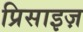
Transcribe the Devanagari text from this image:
प्रिसाइज़